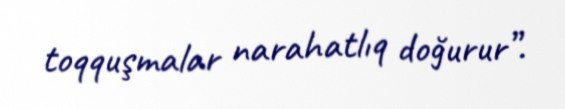
toqquşmalar narahatlıq doğurur”.